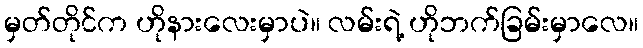
မှတ်တိုင်က ဟိုနားလေးမှာပဲ။ လမ်းရဲ့ ဟိုဘက်ခြမ်းမှာလေ။